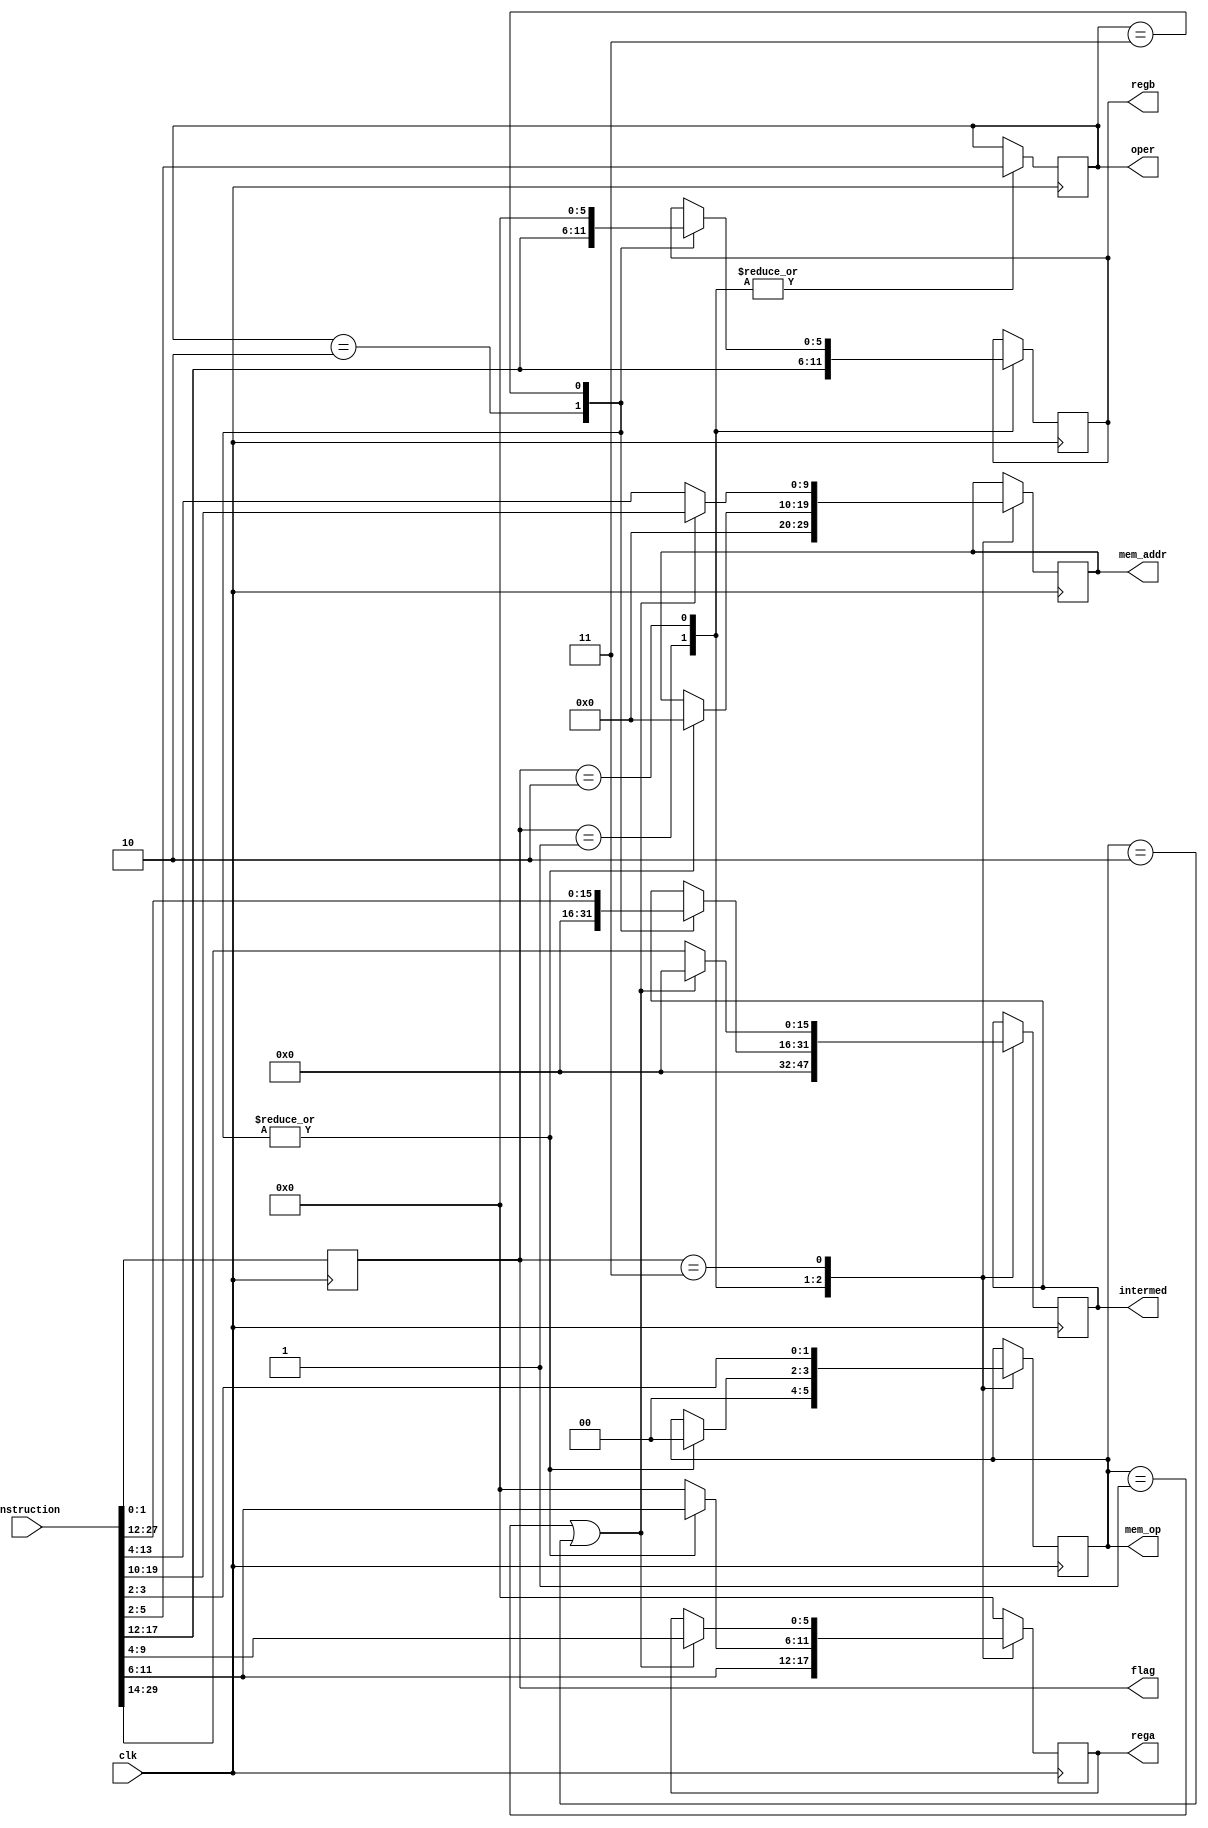
module instr_decode(input wire clk,
                    input [31:0] instruction,
                    output [5:0] rega, 
                    output [5:0] regb, 
                    output [15:0]intermed,
                    output [1:0] flag,
                    output [3:0] oper,
                    output [1:0] mem_op,
                    output [9:0] mem_addr);

    always @(posedge clk) begin
        flag <= instruction[0:1];
        case (flag) 
            1: begin
                oper <= instruction[2:5];
                rega <= instruction[6:11];
                regb <= instruction[12:17];
                intermed = 16'h0; // usually zero
                mem_op <= 0;
                mem_addr <= 0;
            end
            2: begin
                oper <= instruction[2:5];
                case (oper)
                    2: begin
                        rega <= instruction[6:11];
                        regb <= instruction[12:17];
                        intermed <= 16'h0;
                        mem_op <= 0;
                        mem_addr <= 0;
                    end
                    3: begin
                        rega <= instruction[6:11];
                        regb <= 0;
                        intermed <= instruction[12:27];
                        mem_op <= 0;
                        mem_addr <= 0;
                    end
                    default: rega <= 0; // no op
                endcase
                
            end
            3: begin
                mem_op <= instruction[2:3];
                if (mem_op == 1 || mem_op == 2) begin
                    rega <= instruction[4:9];
                    mem_addr <= instruction[10:19];
                    intermed <= 0;
                end
                else begin
                    mem_addr <= instruction[4:13];
                    intermed <= instruction[14:29];
                end
            end
            default: rega <= 0;//no op
        endcase
    end

endmodule